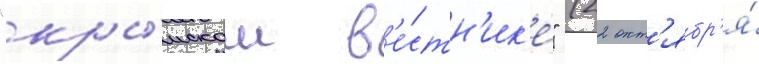
"кры́мском в'е́стн'ик'е" (22 окт'ябр'я́